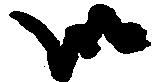
御